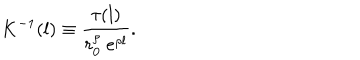
LaTeX: K ^ { - 1 } ( l ) \equiv \frac { \tau ( l ) } { r _ { 0 } ^ { \rho } ~ e ^ { \rho l } } .